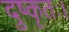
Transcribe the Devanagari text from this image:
दुष्कृतः।